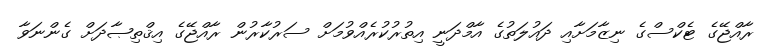
ރާއްޖޭގެ ޓެކްސްގެ ނިޒާމަށާއި ދައުލަތުގެ އާމްދަނީ އިތުރުކުރެއްވުމަށް ސަރުކާރުން ރާއްޖޭގެ އިޤްތިޞާދަށް ގެންނަވާ